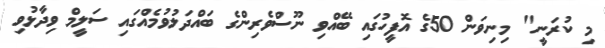
މި ކުރަނީ" މިނިވަން 50ގެ އޮފީހުގައި ބޭއްވި ނޫސްވެރިންގެ ބައްދަލުވުމެއްގައި ސަލީމް ވިދާޅުވި